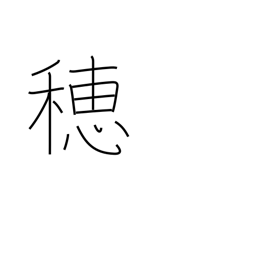
Meaning: ear (grain)